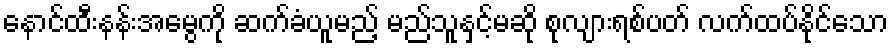
နောင်ထီးနန်းအမွေကို ဆက်ခံယူမည့် မည်သူနှင့်မဆို စုလျားရစ်ပတ် လက်ထပ်နိုင်သော